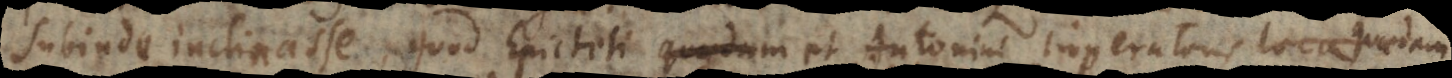
subinde inclinasse, quod Epicteti et Antonini Imperatoris et Senecae